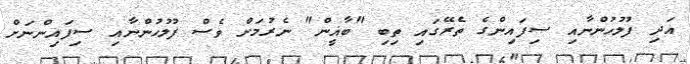
އަދި ފުލުހުންނާއި ސިފައިންގެ ތެރޭގައި ތިބި "ބާޣީން" ނެރުމަށް ވެސް ފުލުހުންނާއި ސިފައިންނަށް